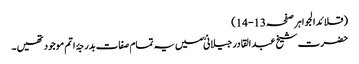
(قلائد الجواہر صفحہ13-14)
حضرت شیخ عبد القادر جیلانیؒ میں یہ تمام صفات بدرجۂ اتم موجود تھیں۔